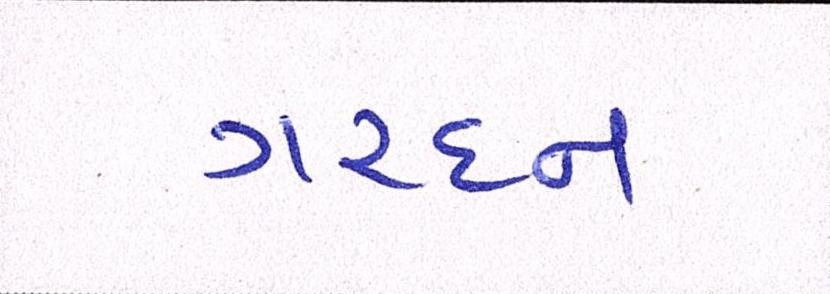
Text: ગરદન